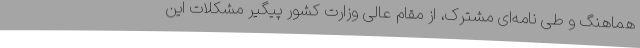
هماهنگ و طی نامه‌ای مشترک، از مقام عالی وزارت کشور پیگیر مشکلات این